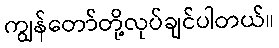
ကျွန်တော်တို့လုပ်ချင်ပါတယ်။